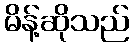
မိန့်ဆိုသည်